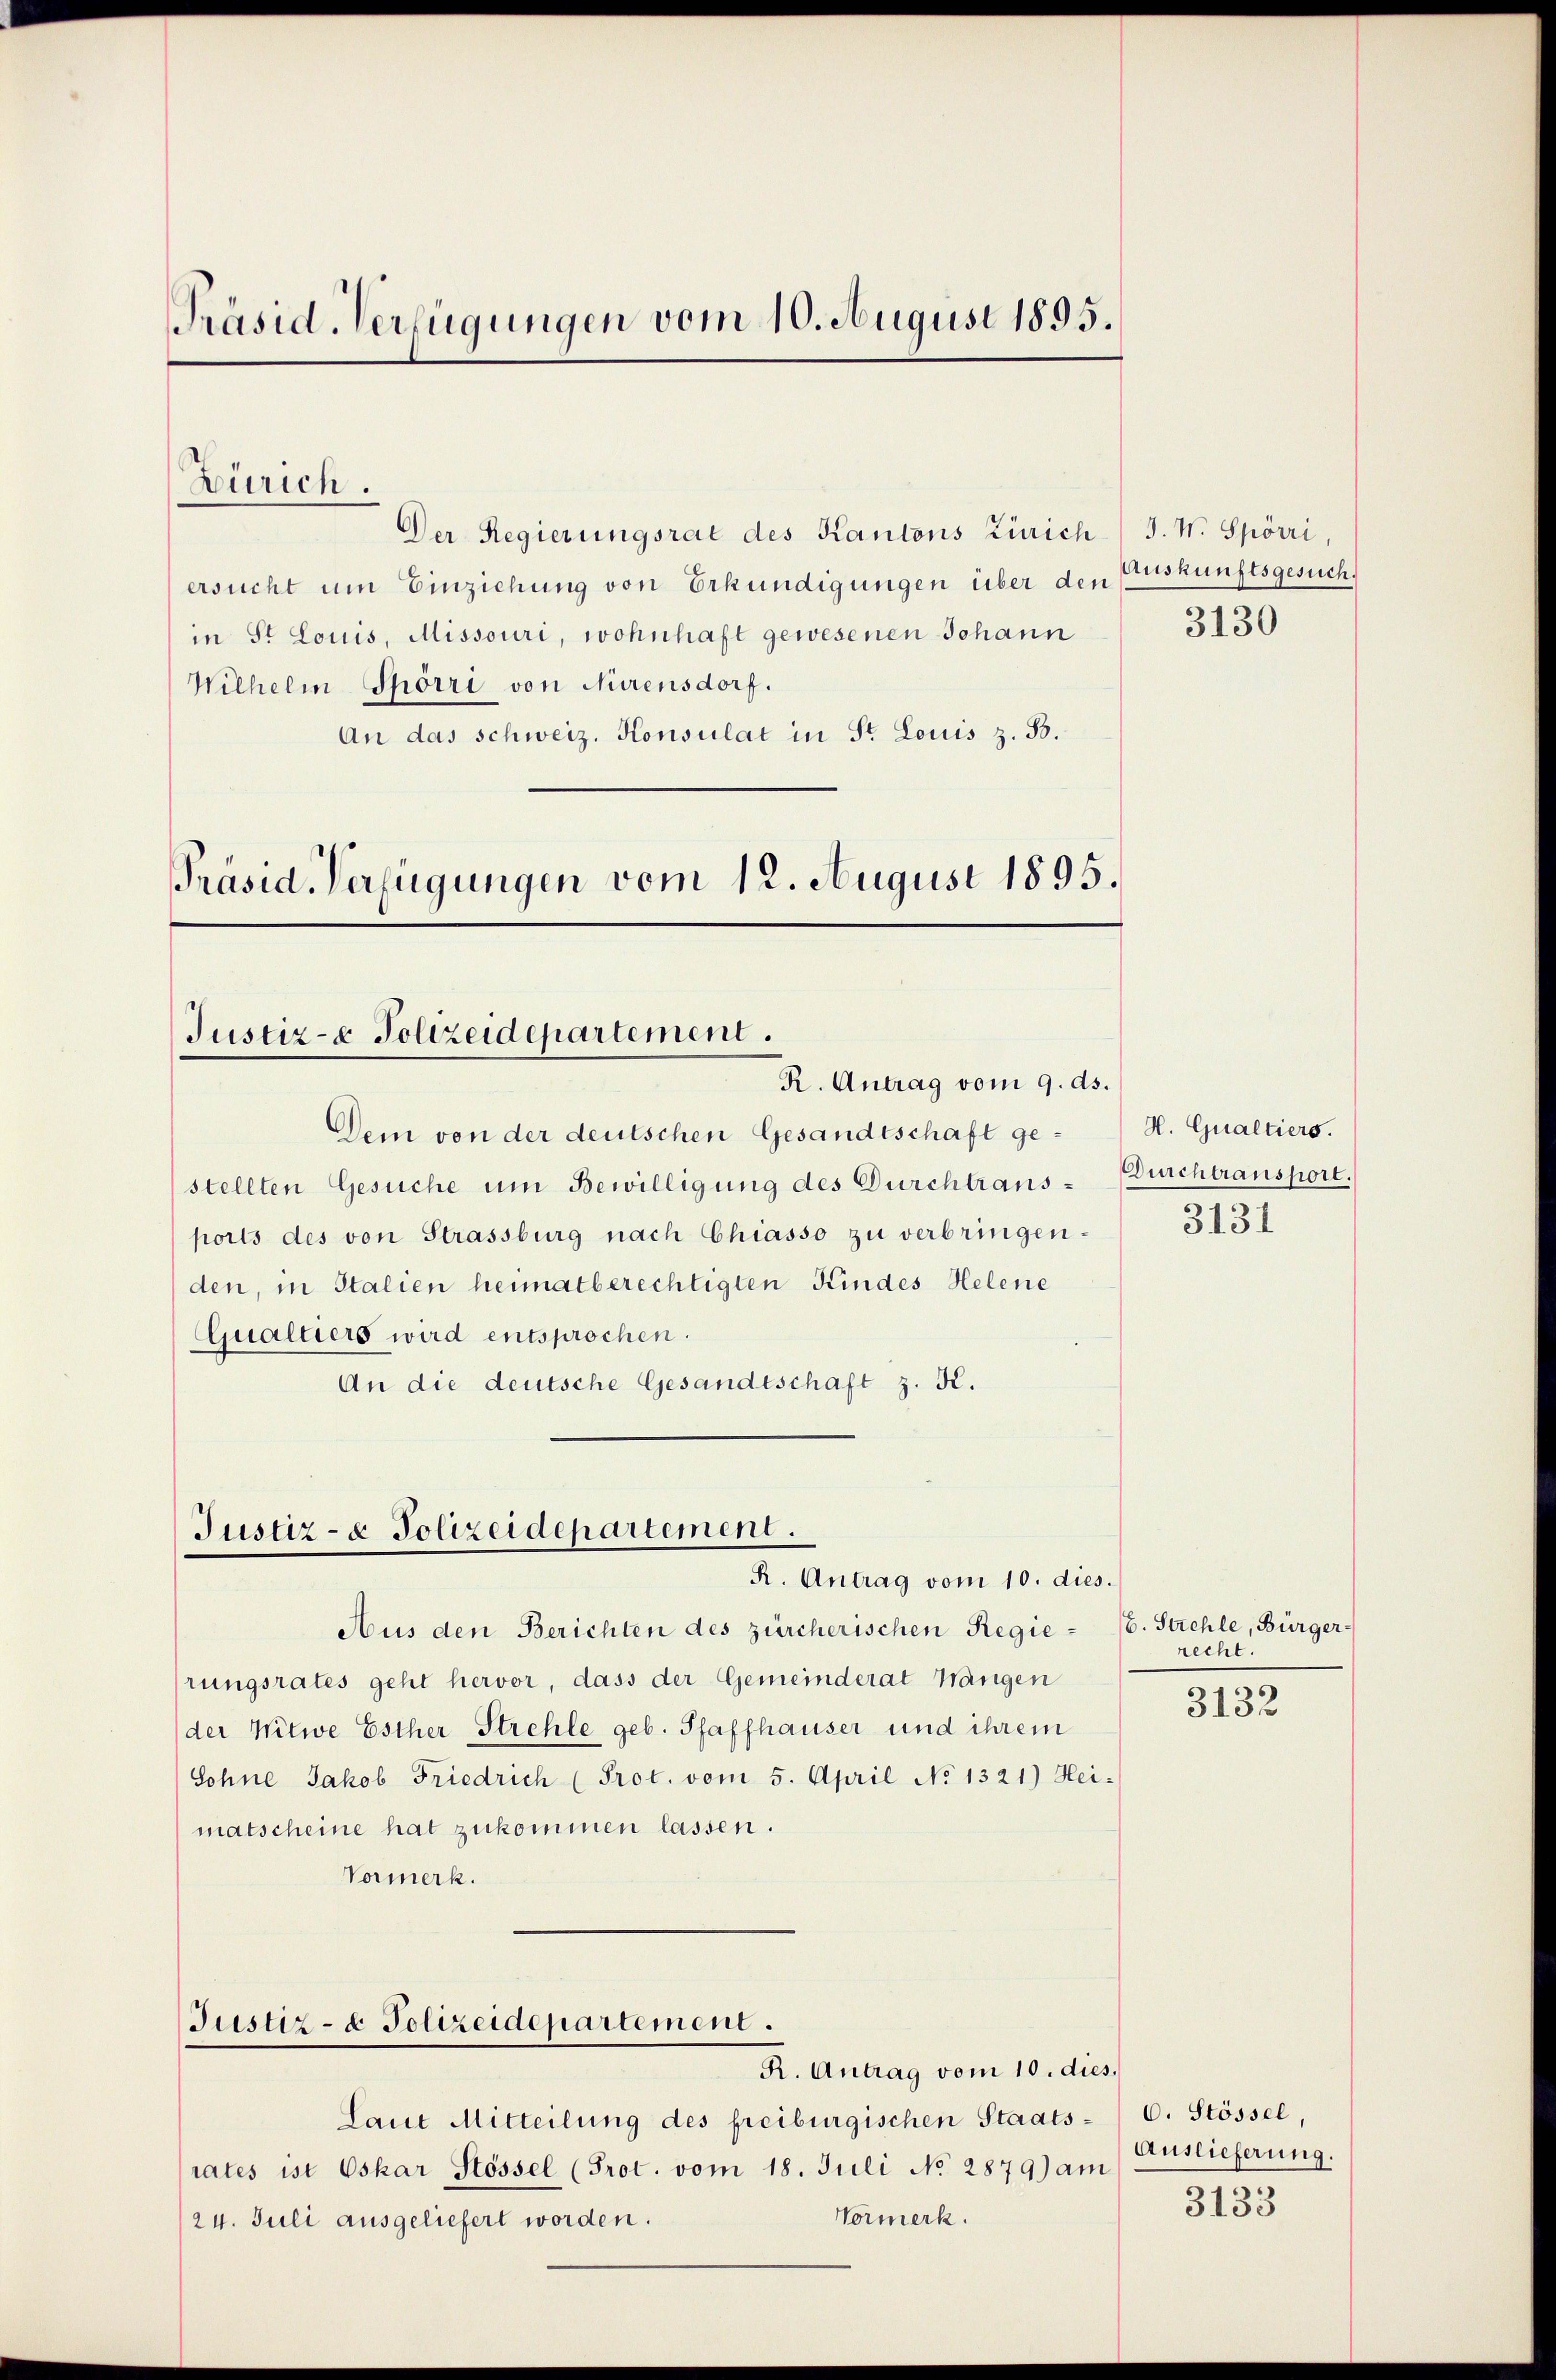
Präsid. Verfügungen vom 10. August 1895.

Der Regierungsrat des Kantons Zürich J. W. Spörri,
ersucht um Einziehung von Erkundigungen über den Auskunftsgesuch,
in St. Louis, Missouri, wohnhaft gewesenen Johann
Wilhelm Spörri von Nürensdorf.
An das schweiz. Konsulat in Sr. Louis z. B.
Präsid. Verfügungen vom 12. August 1895.

Zürich.

Justiz- & Polizeidepartement.
R. Antrag vom 9. ds.

Dem von der deutschen Gesandtschaft gestellten Gesuche um Bewilligung des Durchtrans-Bürchtransport.
ports des von Strassburg nach Chiasso zu verbringenden, in Italien heimatberechtigten Kindes Helene
Qualtiers wird entsprochen.
An die deutsche Gesandtschaft z. K.

Justiz- & Polizeidepartement.
R. Antrag vom 10. dies.

Justiz- & Polizeidepartement.

matscheine hat zukommen lassen.
Vormerk.

Aus den Berichten des zürcherischen Regierungsrates geht hervor, dass der Gemeinderat Wangen
der Witwe Esther Strehle geb. Pfaffhauser und ihrem
Sohne Jakob Friedrich (Prot. vom 5. April No 1321.) Hei-

Laut Mitteilung des freiburgischen Staats-C. Stössel,
rates ist Oskar Stössel (Prot. vom 18. Juli No 2879) am
Vormerk.
24. Juli ausgeliefert worden.

3130

H. Qualtiers.
3131

E. Strehle, Bürger-
recht.

3132

R. Antrag vom 10. dies
Auslieferung.

3133